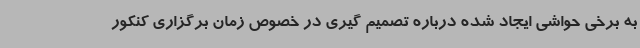
به برخی حواشی ایجاد شده درباره تصمیم گیری در خصوص زمان برگزاری کنکور